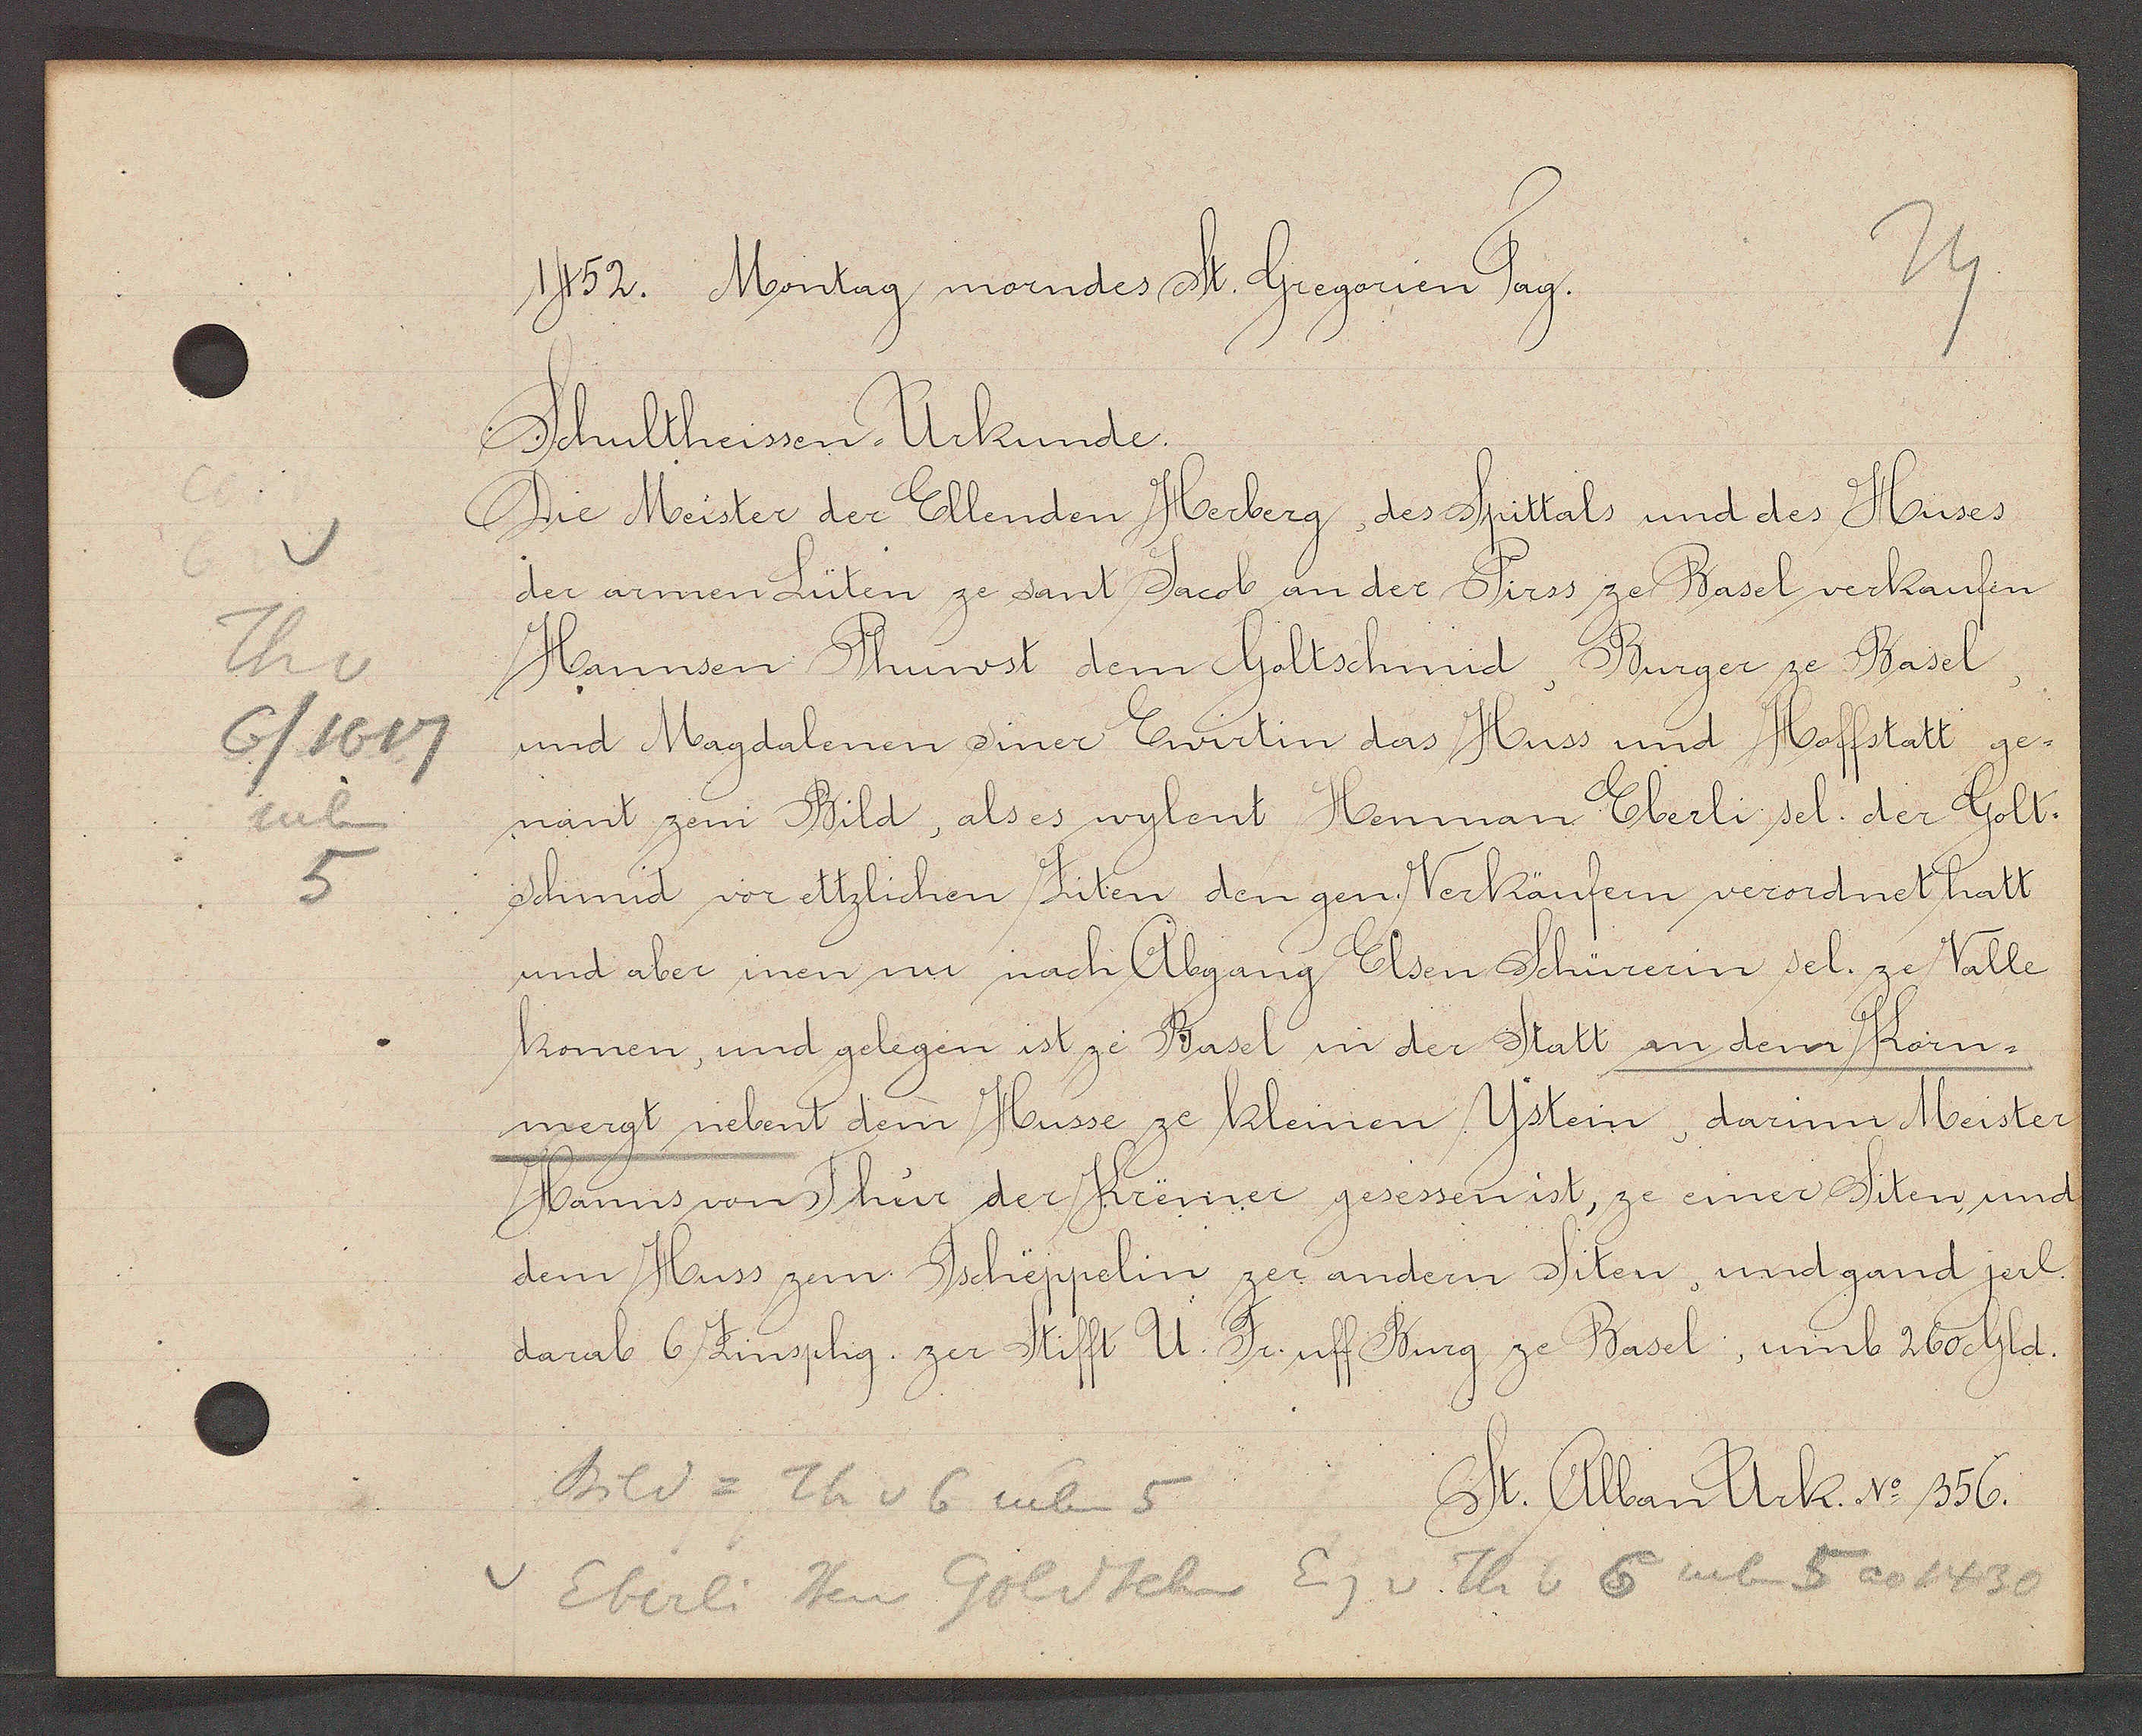
Transcript:
Th v
6/1617
neben
5

1752. Montag morndes St. Gregorien Tag.

Schultheissen-Urkunde.
Die Meister der Ellenden Herberg, des Spittals und des Huses
der armen Lüten ze sant Jacob an der Pirss ze Basel verkaufen
Hannsen Phuwst dem Goltschmid, Burger ze Basel,
und Magdalenen siner Ewirtin das Huss und Hoffstatt ge¬
nant zem Bild, als es wylent Henman Eberli sel. der Golt¬
schmid vor ettzlichen Siten den gen Verkäufern verordnet hatt
und aber inen nu nach Abgang Elsen Schürerin sel. ze Valle
komen, und gelegen ist ze Basel in der Statt an dem Korn¬
mergt nebent dem Husse ze kleinen Ystein, darim Meister
Hanns von Thür der Kremer gesessen ist, ze einer Siten und
dem Huss zem Tscheppelin zer andern Siten, und gand jerl.
darab 6 Zinsphg. zer Stifft U. Fr. uff Burg ze Basel, umb 260 Gld.

Bild = Th v 6 neben 5

St. Alban Urk. No 356.

Eberli Hen Goldschm Eig v Th v 6 neben 5 ao 1430